Scottish Certificate of Education, 1963
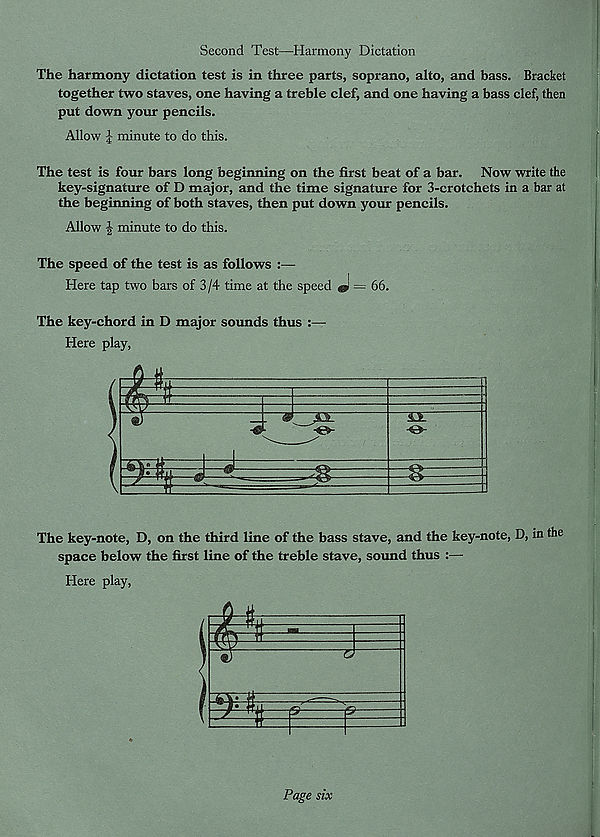
Second Test—Harmony Dictation
The harmony dictation test is in three parts, soprano, alto, and bass. Bracket
together two staves, one having a treble clef, and one having a bass clef, then
put down your pencils.
Allow l minute to do this.
The test is four bars long beginning on the first beat of a bar. Now write the
key-signature of D major, and the time signature for 3-crotchets in a bar at
the beginning of both staves, then put down your pencils.
Allow | minute to do this.
The speed of the test is as follows :—
Here tap two bars of 3 /4 time at the speed = 66.
The key-chord in D major sounds thus :—
Here play,
The key-note, D, on the third line of the bass stave, and the key-note, D, in the
space below the first line of the treble stave, sound thus :—
Here play,
Page six